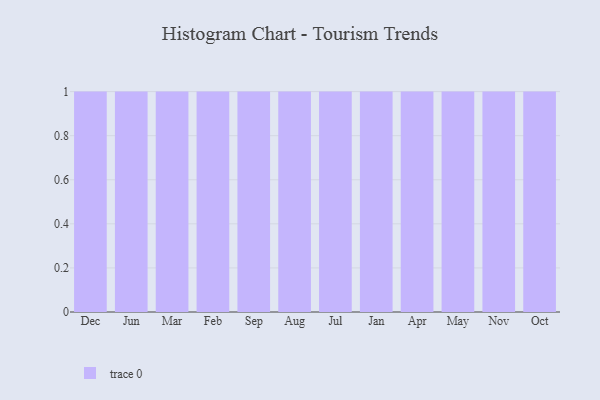
{"axis": {"x": "Month", "y": "Production Output"}, "legend": [""], "data": [{"x": "Dec", "y": 47, "type": ""}, {"x": "Jun", "y": 16, "type": ""}, {"x": "Mar", "y": 22, "type": ""}, {"x": "Feb", "y": 23, "type": ""}, {"x": "Sep", "y": 8, "type": ""}, {"x": "Aug", "y": 26, "type": ""}, {"x": "Jul", "y": 68, "type": ""}, {"x": "Jan", "y": 89, "type": ""}, {"x": "Apr", "y": 38, "type": ""}, {"x": "May", "y": 86, "type": ""}, {"x": "Nov", "y": 70, "type": ""}, {"x": "Oct", "y": 73, "type": ""}]}